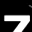
Digit: 7